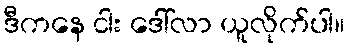
ဒီကနေ ငါး ဒေါ်လာ ယူလိုက်ပါ။